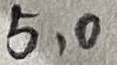
Text: 5,0